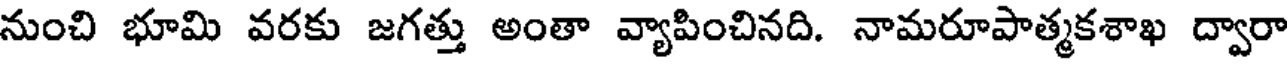
నుంచి భూమి వరకు జగత్తు అంతా వ్యాపించినది. నామరూపాత్మకశాఖ ద్వారా